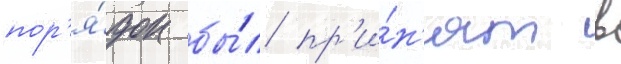
пор'я́док бы́л пр'и́н'ят в